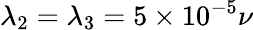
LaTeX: \lambda_{2}=\lambda_{3}=5\times 10^{-5}\nu